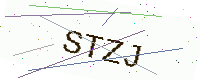
Text: STZJ